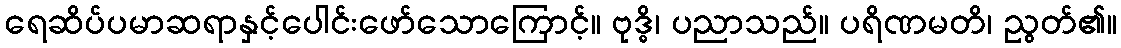
ရေဆိပ်ပမာဆရာနှင့်ပေါင်းဖော်သောကြောင့်။ ဗုဒ္ဓိ၊ ပညာသည်။ ပရိဏမတိ၊ ညွတ်၏။